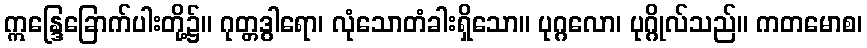
ဣန္ဒြေခြောက်ပါးတို့၌။ ဂုတ္တဒွါရော၊ လုံသောတံခါးရှိသော။ ပုဂ္ဂလော၊ ပုဂ္ဂိုလ်သည်။ ကတမောစ၊